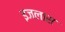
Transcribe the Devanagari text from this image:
इजलास